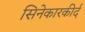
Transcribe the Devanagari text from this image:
सिनेकारकीर्द